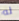
له